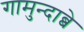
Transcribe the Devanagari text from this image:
गामुन्दाब्बे